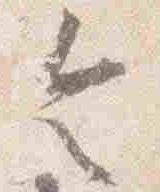
令